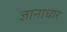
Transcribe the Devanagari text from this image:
ज्ञानाधार